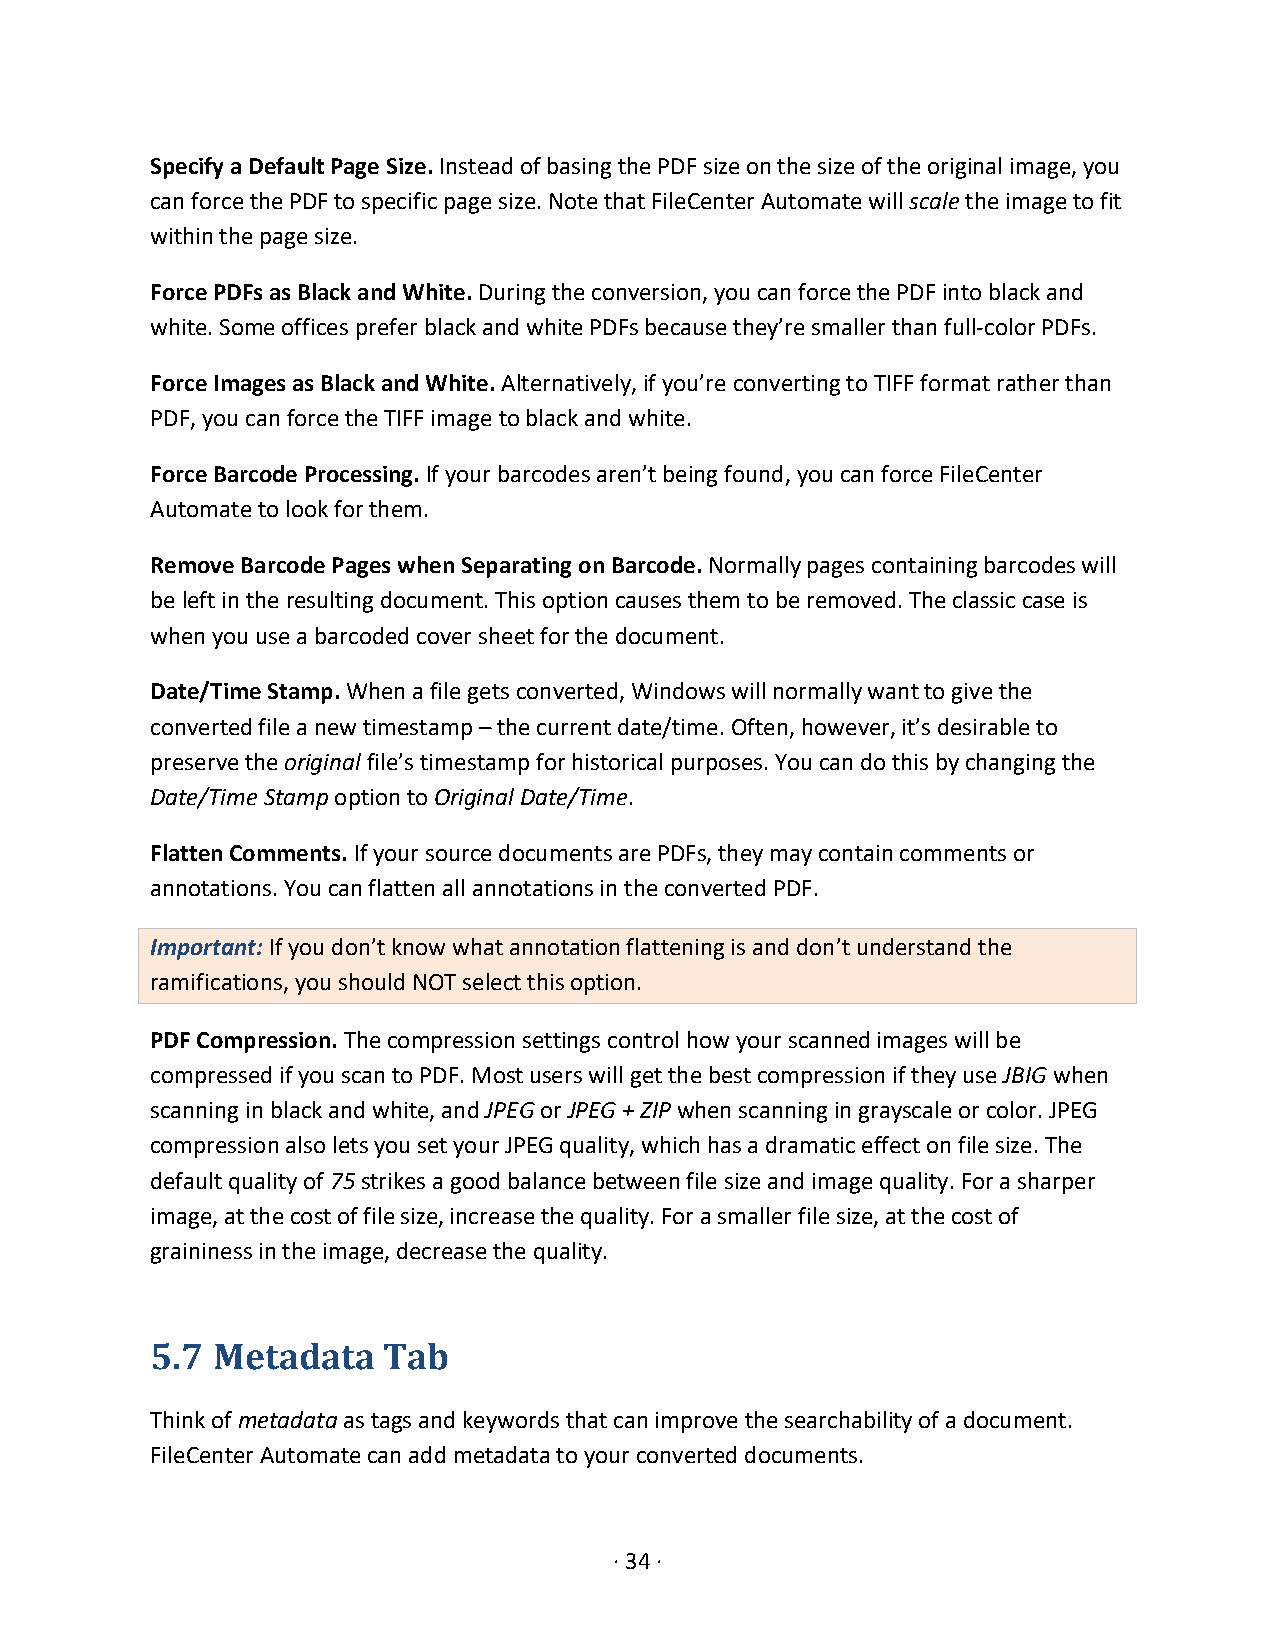
Specify a Default Page Size. Instead of basing the PDF size on the size of the original image, you
 can force the PDF to specific page size. Note that FileCenter Automate will scale the image to fit
 within the page size.
 Force PDFs as Black and White. During the conversion, you can force the PDF into black and
 white. Some offices prefer black and white PDFs because they’re smaller than full-color PDFs.
 Force Images as Black and White. Alternatively, if you’re converting to TIFF format rather than
 PDF, you can force the TIFF image to black and white.
 Force Barcode Processing. If your barcodes aren’t being found, you can force FileCenter
 Automate to look for them.
 Remove Barcode Pages when Separating on Barcode. Normally pages containing barcodes will
 be left in the resulting document. This option causes them to be removed. The classic case is
 when you use a barcoded cover sheet for the document.
 Date/Time Stamp. When a file gets converted, Windows will normally want to give the
 converted file a new timestamp – the current date/time. Often, however, it’s desirable to
 preserve the original file’s timestamp for historical purposes. You can do this by changing the
 Date/Time Stamp option to Original Date/Time.
 Flatten Comments. If your source documents are PDFs, they may contain comments or
 annotations. You can flatten all annotations in the converted PDF.
 Important: If you don’t know what annotation flattening is and don’t understand the
 ramifications, you should NOT select this option.
 PDF Compression. The compression settings control how your scanned images will be
 compressed if you scan to PDF. Most users will get the best compression if they use JBIG when
 scanning in black and white, and JPEG or JPEG + ZIP when scanning in grayscale or color. JPEG
 compression also lets you set your JPEG quality, which has a dramatic effect on file size. The
 default quality of 75 strikes a good balance between file size and image quality. For a sharper
 image, at the cost of file size, increase the quality. For a smaller file size, at the cost of
 graininess in the image, decrease the quality.
 5.7 Metadata   Tab
 Think of metadata as tags and keywords that can improve the searchability of a document.
 FileCenter Automate can add metadata to your converted documents.
 · 34 ·